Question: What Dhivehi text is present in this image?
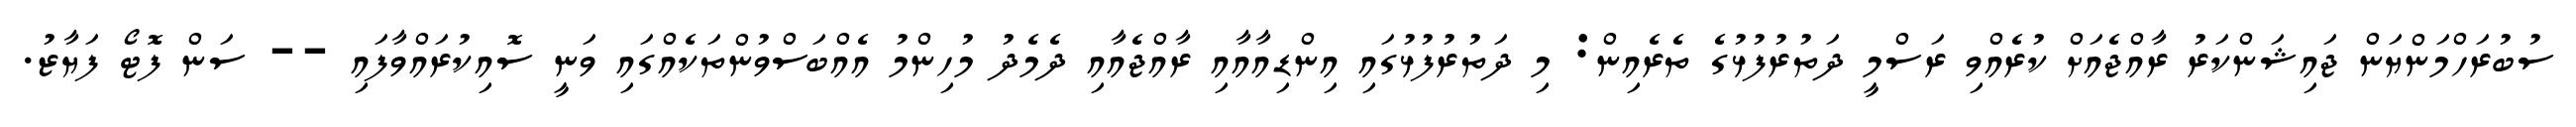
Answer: ސުބުރަހްމަންޔަން ޖައިޝަންކަރު ރާއްޖެއަށް ކުރެއްވި ރަސްމީ ދަތުރުފުޅުގެ ތެރެއިން: މި ދަތުރުފުޅުގައި އިންޑިއާއާއި ރާއްޖެއާއި ދެމެދު މުހިންމު އެއްބަސްވުންތަކެއްގައި ވަނީ ސޮއިކުރައްވާފައި -- ސަން ފޮޓޯ ފަޔާޒު.